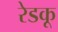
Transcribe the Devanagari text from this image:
रेडकू